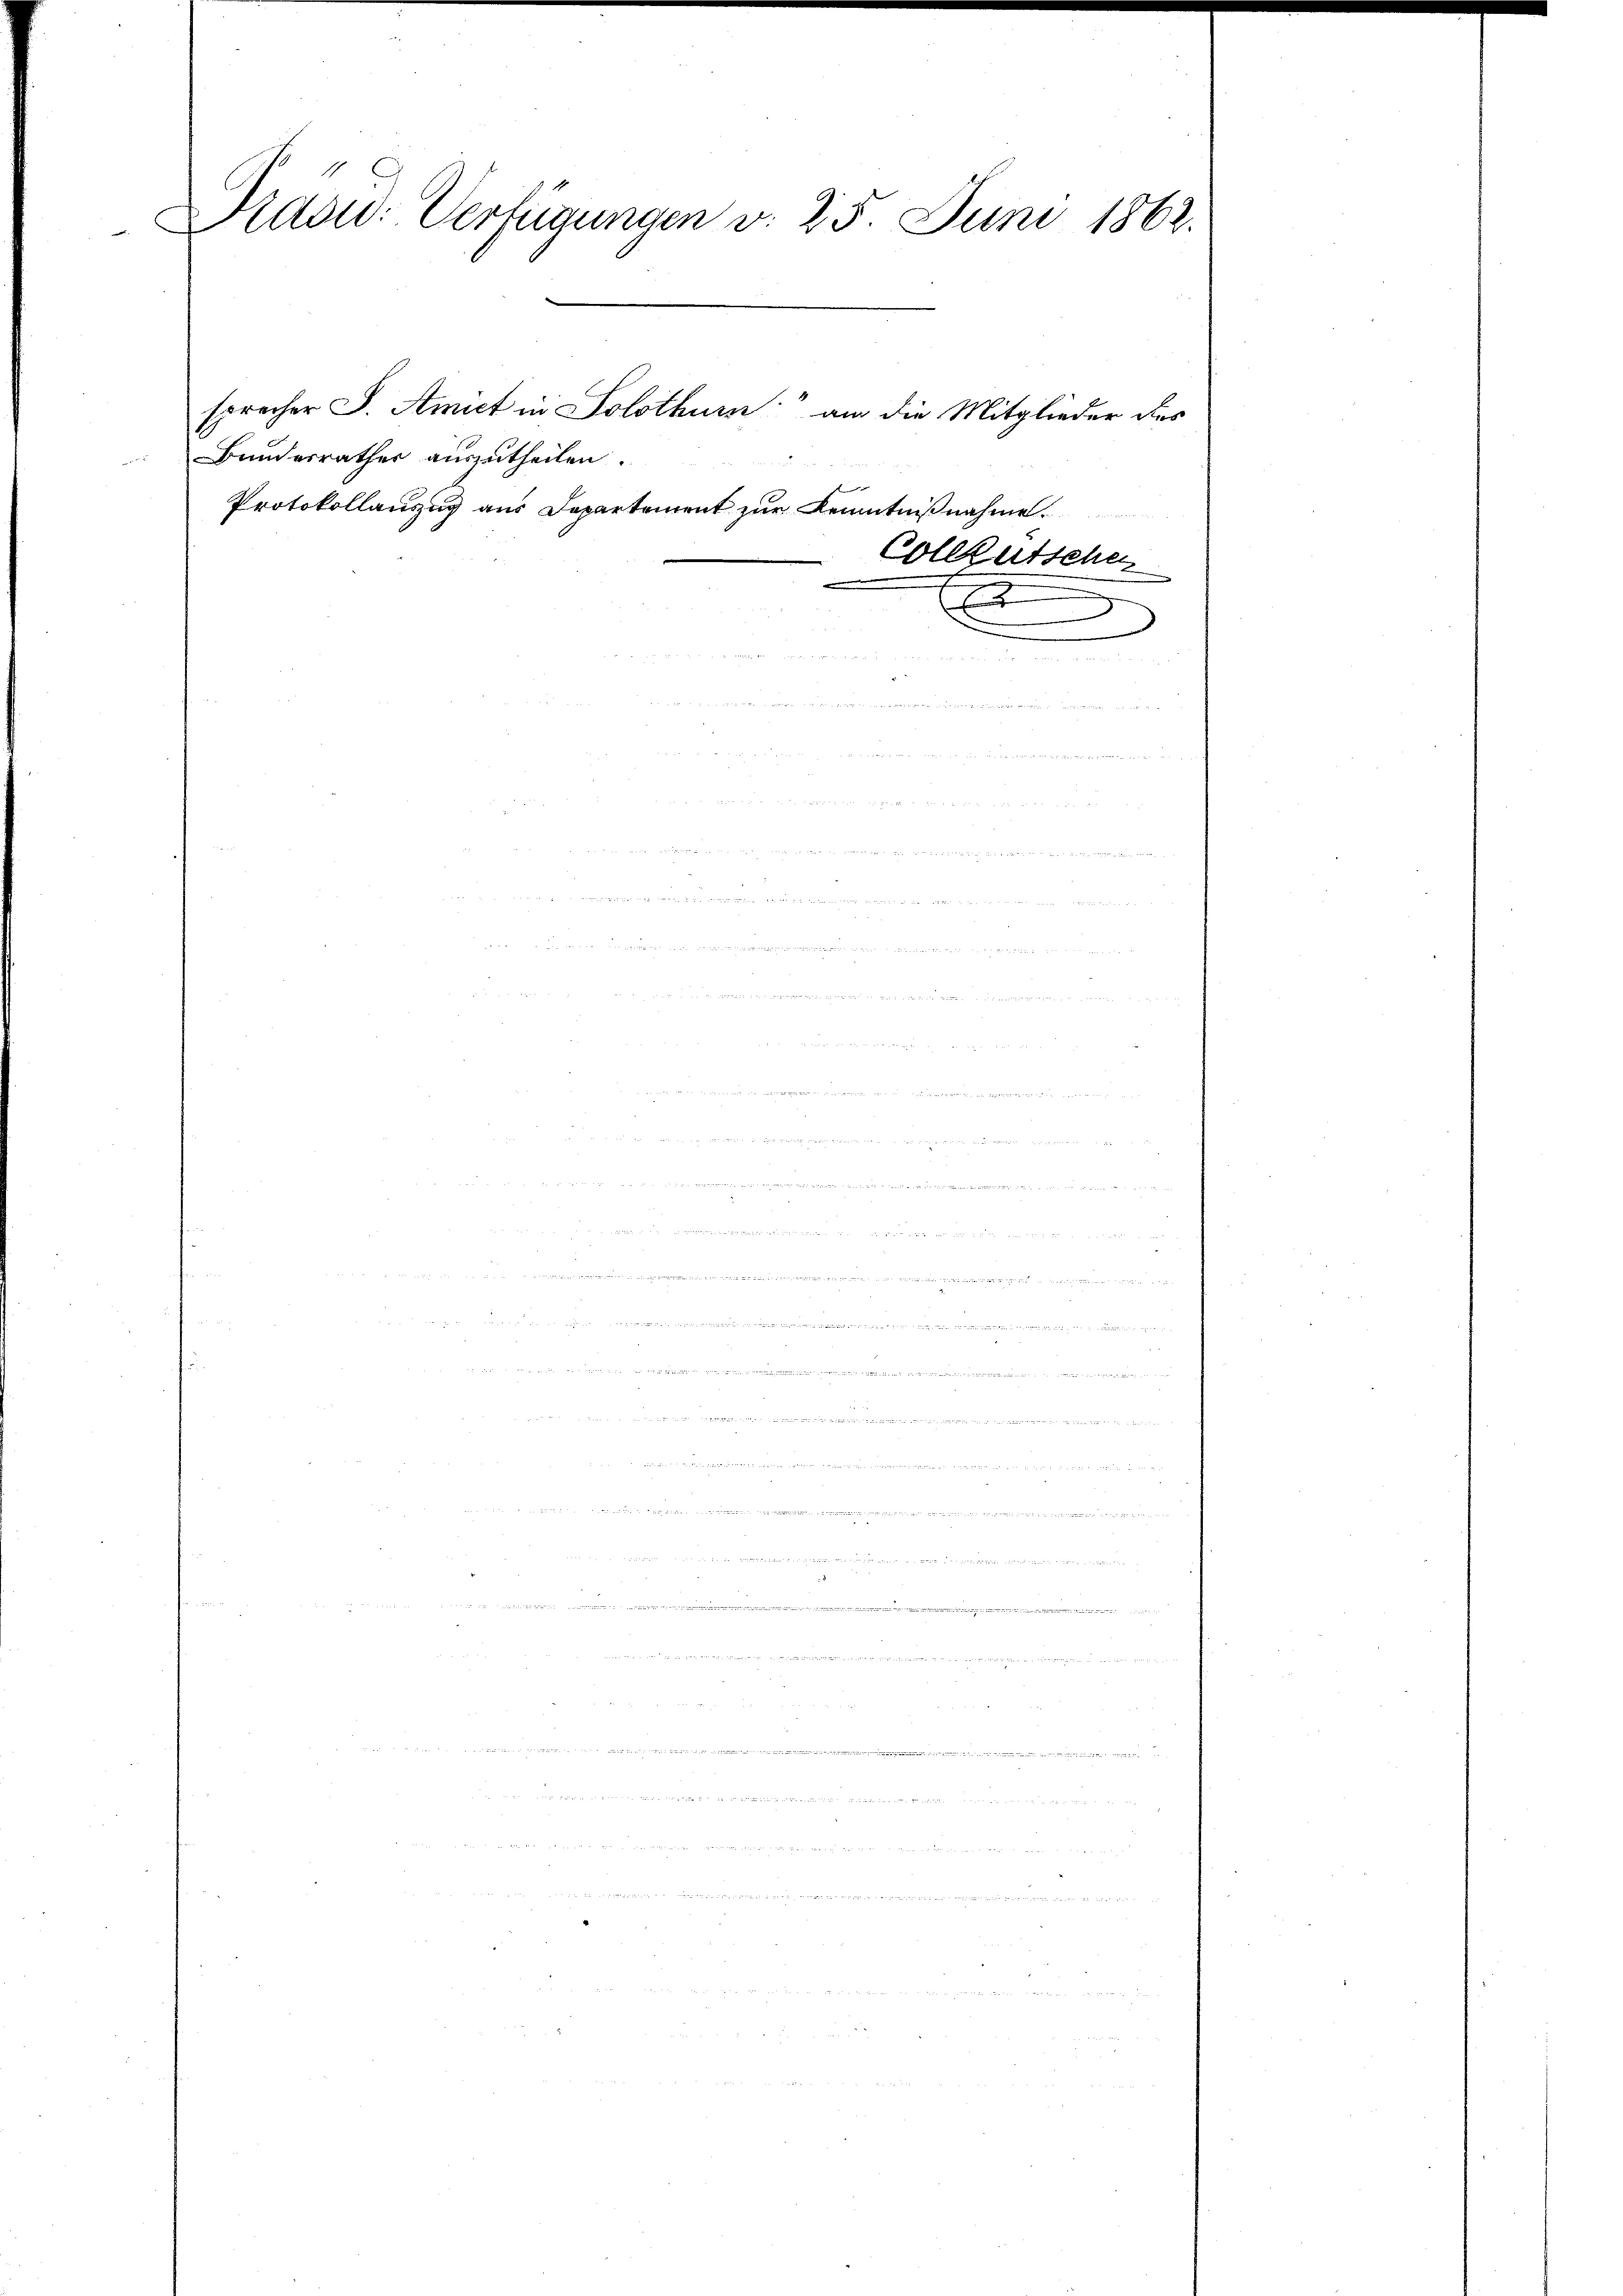
Präsid. Verfügungen v. 25. Juni 1862.
sprecher S. Amict in Solothurn an die Mitglieder des
Bundesrathes auszutheilen.
Protokollanzug aus Departement zur Kenntnißnahme
Colleutschen
.

e

n

n

u